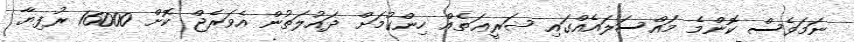
ނަމަވެސް ކޮންމެ މައްސަލައެއްގައި ޝަރީޢަތެއް ހިންގުމަށް ދައުލަތުން އެވަރެޖް ކޮށް 16000 ރުފިޔާ